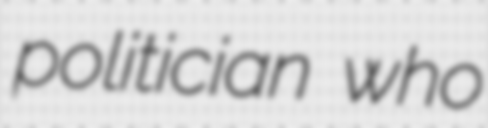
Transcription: politician who